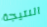
النتيجة